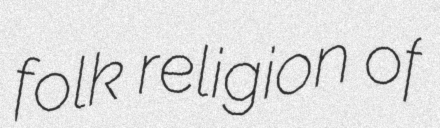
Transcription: folk religion of